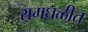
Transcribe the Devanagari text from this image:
रामघळीत